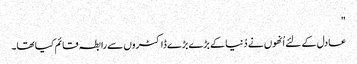
"
عادل کے لئے اُنھوں نے دُنیا کے بڑے بڑے ڈاکٹروں سے رابطہ قائم کیا تھا۔